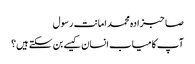
صاحبزادہ محمد امانت رسول
آپ کامیاب انسان کیسے بن سکتے ہیں؟